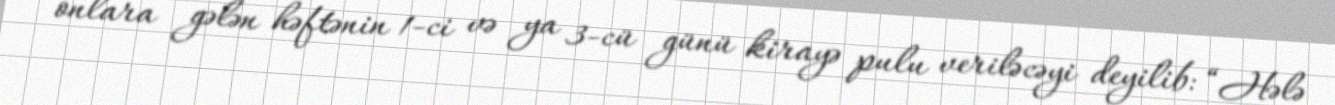
onlara gələn həftənin 1-ci və ya 3-cü günü kirayə pulu veriləcəyi deyilib: “Hələ